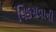
વિકસવાની